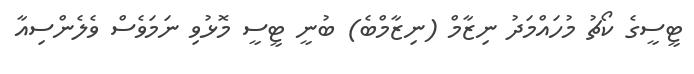
ޓީސީގެ ކޯޗު މުހައްމަދު ނިޒާމް (ނިޒާމްބެ) ބުނީ ޓީސީ މޮޅުވި ނަމަވެސް ވެލެންސިއާ